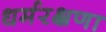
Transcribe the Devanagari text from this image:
धर्मरक्षणा